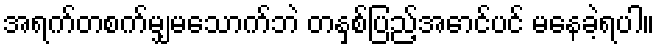
အရက်တစက်မျှမသောက်ဘဲ တနှစ်ပြည့်အောင်ပင် မနေခဲ့ရပါ။